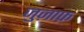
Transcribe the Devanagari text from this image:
जुज़ाफ़